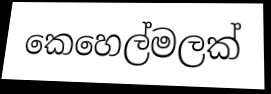
කෙහෙල්මලක්